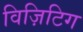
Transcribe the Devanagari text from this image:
विज़िटिग